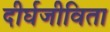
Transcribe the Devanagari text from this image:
दीर्घजीविता